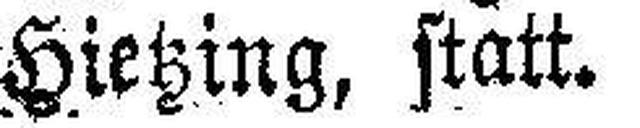
Hietzing, statt.